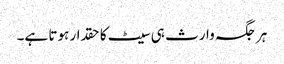
ہر جگہ وارث ہی سیٹ کا حقدار ہوتا ہے۔